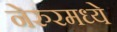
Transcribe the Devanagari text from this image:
नेरुरमध्ये